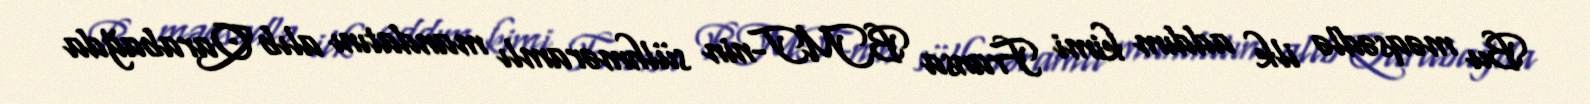
Bu məqsədlə ilk addım kimi Fransa BMT-nin sülhməramlı mandatını alıb Qarabağda